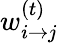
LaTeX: w_{i\rightarrow j}^{(t)}